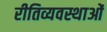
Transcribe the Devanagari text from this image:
रीतिव्यवस्थाओं